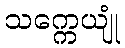
သက္ကေယျုံ